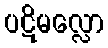
ပဋိမလ္လော